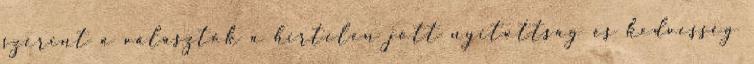
szerint a választók a hirtelen jött nyitottság és kedvesség